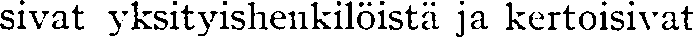
sivat yksityishenkilöistä ja kertoisivat